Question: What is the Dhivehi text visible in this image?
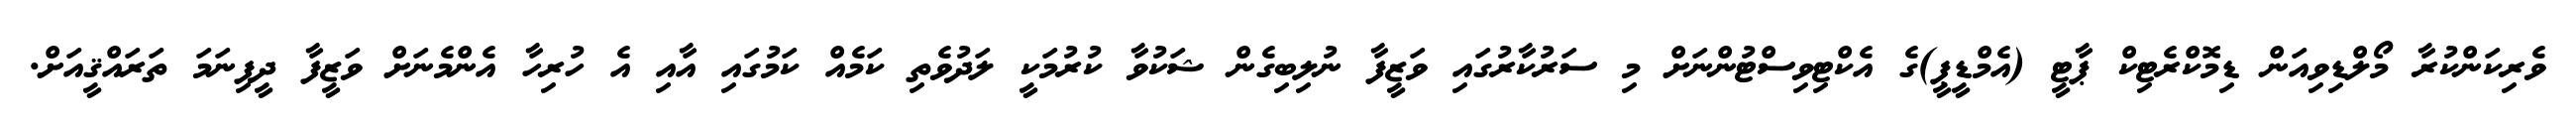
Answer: ވެރިކަންކުރާ މޯލްޑިވިއަން ޑިމޮކްރެޓިކް ޕާޓީ (އެމްޑީޕީ)ގެ އެކްޓިވިސްޓުންނަށް މި ސަރުކާރުގައި ވަޒީފާ ނުލިބިގެން ޝަކުވާ ކުރުމަކީ ލަދުވެތި ކަމެއް ކަމުގައި އާއި އެ ހުރިހާ އެންމެނަށް ވަޒީފާ ދީފިނަމަ ތަރައްޤީއަށް.